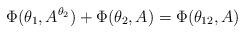
LaTeX: \begin{align*}\Phi (\theta_1,A^{\theta_2})+\Phi (\theta_2,A)=\Phi (\theta_{12},A)\end{align*}